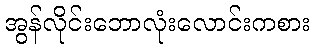
အွန်လိုင်းဘောလုံးလောင်းကစား